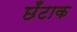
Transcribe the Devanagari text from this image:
छँटाक